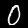
Digit: 0